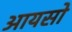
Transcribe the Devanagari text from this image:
आयसो